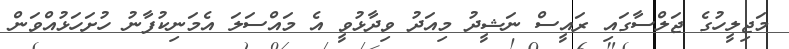
މަޖިލީހުގެ ޖަލްސާގައި ރައީސް ނަޝީދު މިއަދު ވިދާޅުވީ އެ މައްސަލަ އެމަނިކުފާނު ހުށަހަޅުއްވަން